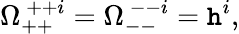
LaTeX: \Omega_{++}^{~++i}=\Omega_{--}^{~--i}=\mathtt{h}^{i},